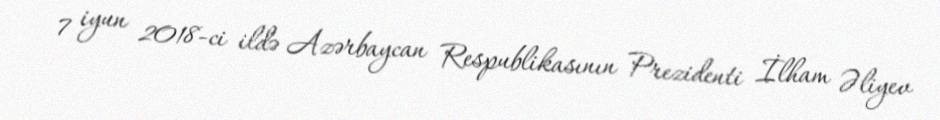
7 iyun 2018-ci ildə Azərbaycan Respublikasının Prezidenti İlham Əliyev